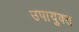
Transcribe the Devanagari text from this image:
उपायुक्‍त